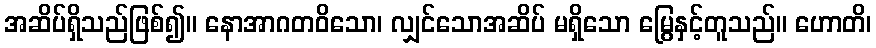
အဆိပ်ရှိသည်ဖြစ်၍။ နောအာဂတဝိသော၊ လျှင်သောအဆိပ် မရှိသော မြွေနှင့်တူသည်။ ဟောတိ၊